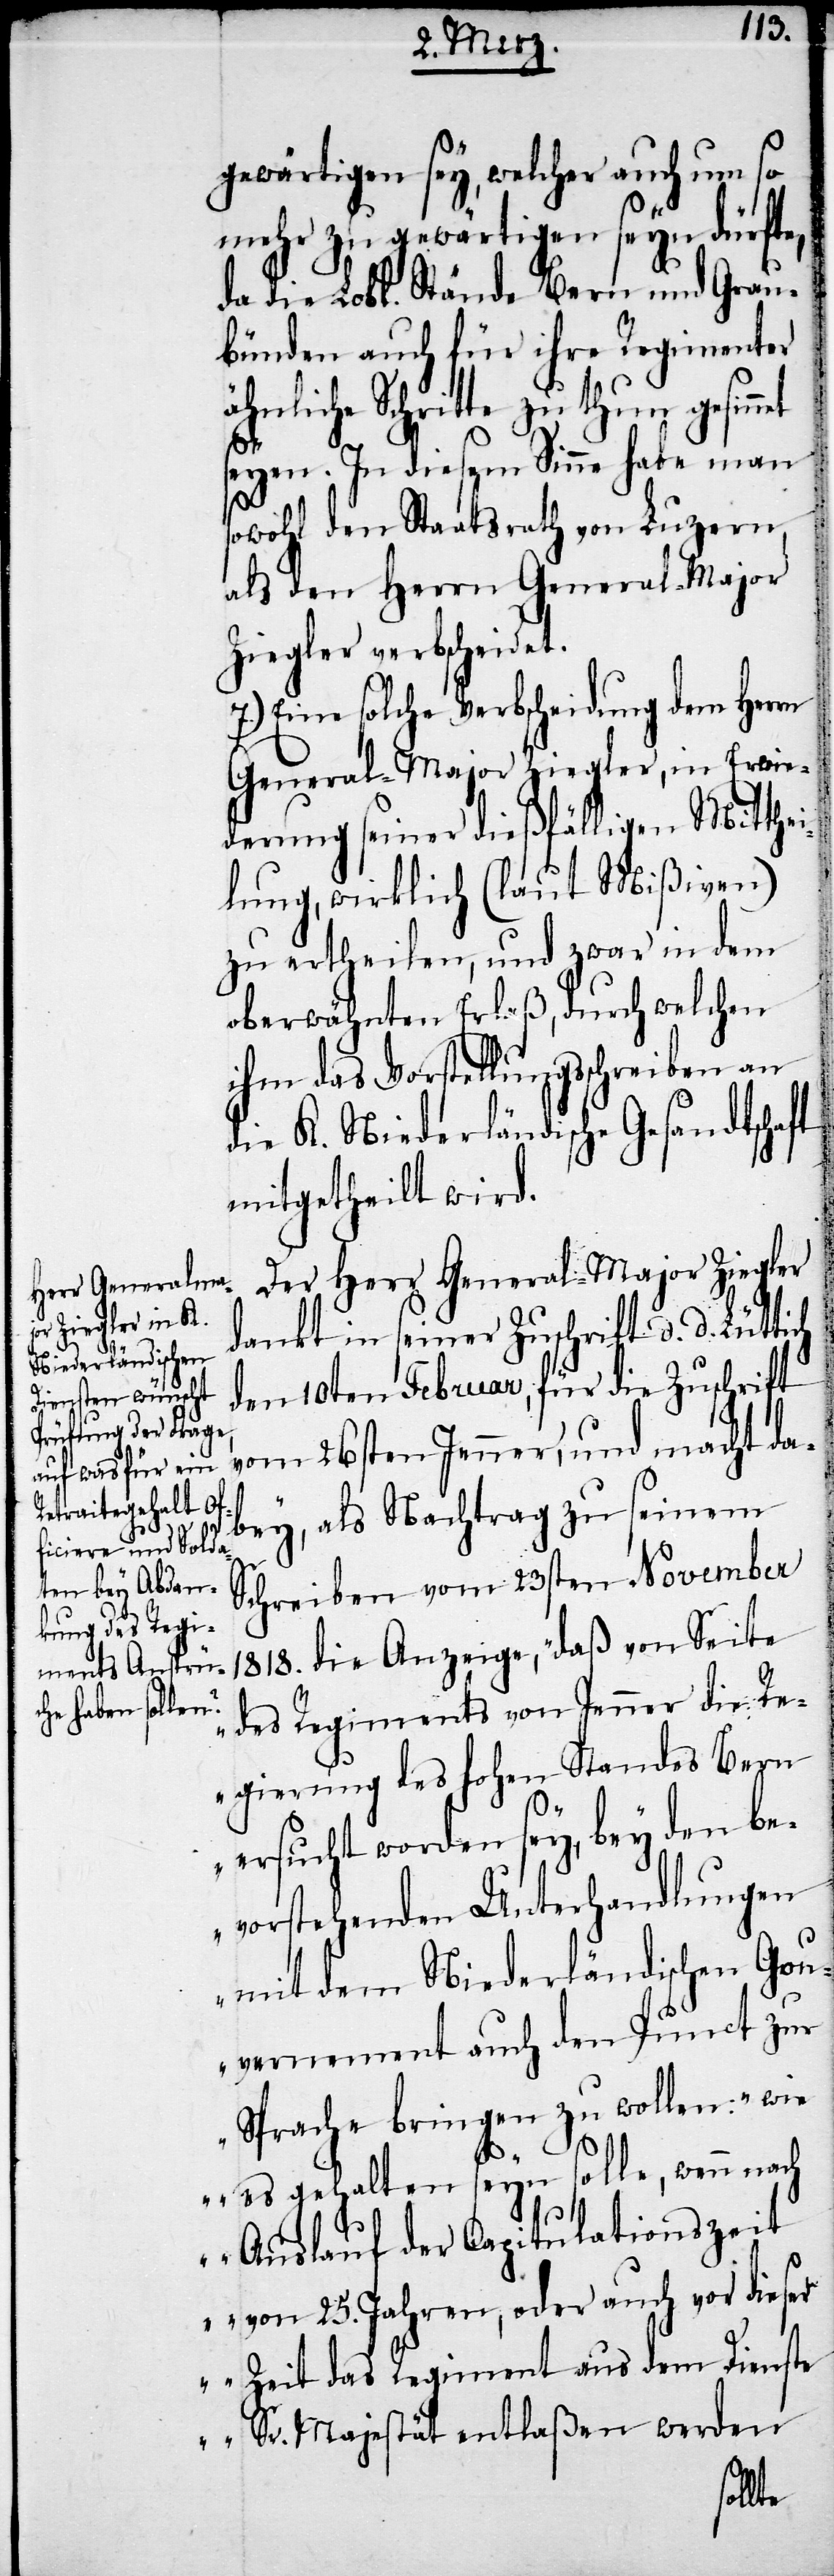
gewärtigen sey, welcher auch um so
mehr zu gewärtigen seyn dürfte,
da die Lobl. Stände Bern und Grau¬
bünden auch für ihre Regimenter
ähnliche Schritte zu thun gesinnt
seyen. In diesem Sinne habe man
sowohl den Staatsrath von Luzern
als den Herrn General Major
Ziegler verbscheidet.
7.) Eine solche Verbscheidung dem Herrn
General-Major Ziegler, in Erwie¬
derung seiner dießfälligen Mitthei¬
lung, wirklich (laut Mißiven)
zu ertheilen, und zwar in dem
oberwähnten Erlaß, durch welchen
ihm das Vorstellungsschreiben an
die K. Niederländische Gesandtschaft
mitgetheilt wird.